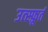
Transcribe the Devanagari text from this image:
उत्स्फ़ूर्त